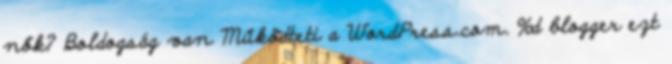
nők? Boldogság van Működteti a WordPress.com. %d blogger ezt